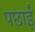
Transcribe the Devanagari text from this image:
पछाईं